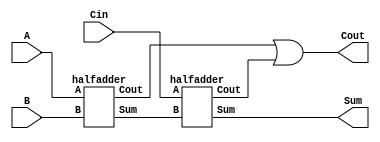
module fulladder(
    input A,
    input B,
    input Cin,
    output Sum,
    output Cout
    );
    wire s1, c1, c2;
    halfadder i1(.A(A), .B(B), .Sum(s1), .Cout(c1));
    halfadder i2(.A(Cin), .B(s1), .Sum(Sum), .Cout(c2));
    or (Cout, c1, c2);
endmodule
module halfadder(input A, input B, output Sum, output Cout);
    not (a1, A);
    not (b1, B);
    or (i1, A,B);
    or (i2, a1,b1);
    and (Cout, A,B);
    and (Sum, i1,i2);
endmodule